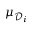
\mu _ { \mathcal { D } _ { i } }